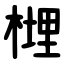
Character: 榸